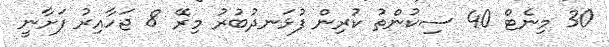
30 މިނެޓް 40 ސިކުންތު ކުރިން ފުޅަނދުބުރު މިރޭ 8 ޖަހާއިރު ފަށާނީ